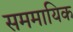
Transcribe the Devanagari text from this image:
सममायिक